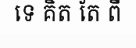
ទេ គិត តែ ពី